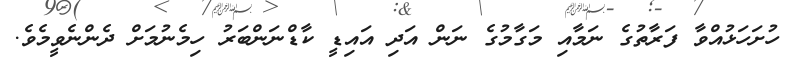
ހުށަހަޅުއްވާ ފަރާތުގެ ނަމާއި މަގާމުގެ ނަން އަދި އައިޑީ ކާޑްނަންބަރު ހިމެނުމަށް ދެންނެވީމެވެ.